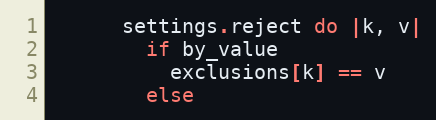
Language: Ruby
      settings.reject do |k, v|
        if by_value
          exclusions[k] == v
        else